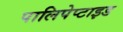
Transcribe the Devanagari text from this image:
पालिपेप्टाइड